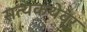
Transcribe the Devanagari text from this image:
सत्यकथेवर